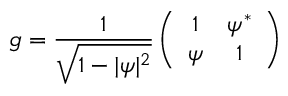
g = \frac { 1 } { \sqrt { 1 - \vert \psi \vert ^ { 2 } } } \left( \begin{array} { c c } { { 1 } } & { { \psi ^ { * } } } \\ { { \psi } } & { { 1 } } \end{array} \right)